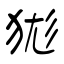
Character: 狵